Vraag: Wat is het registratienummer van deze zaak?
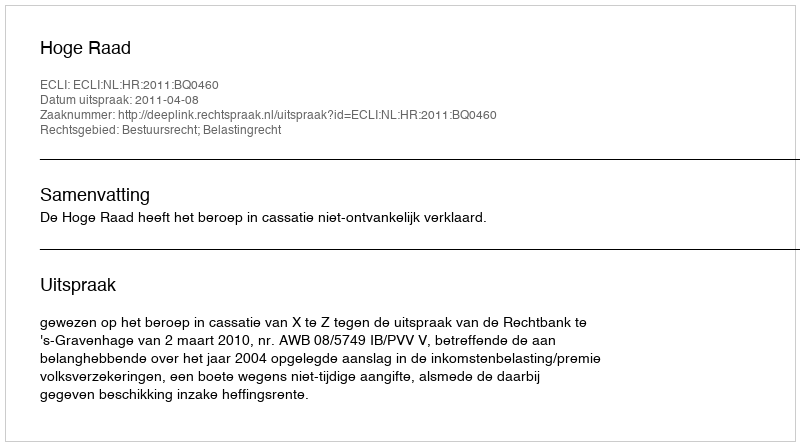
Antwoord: http://deeplink.rechtspraak.nl/uitspraak?id=ECLI:NL:HR:2011:BQ0460